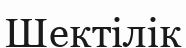
Шектілік